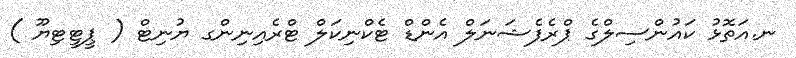
ނ.އަތޮޅު ކައުންސިލްގެ ޕްރެފެޝަނަލް އެންޑް ޓެކްނިކަލް ޓްރެއިނިންގ ޔުނިޓް ( ޕީޓީޓިޔޫ )